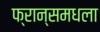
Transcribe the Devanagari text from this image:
फ्रान्समधला